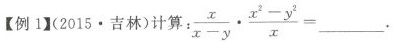
[例1](2015.吉林)计算：$$\frac { x }{ x - y } \cdot \frac { x ^ { 2 } - y ^ { 2 } }{ x } = ___$$.